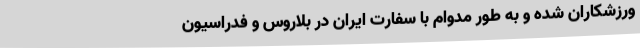
ورزشکاران شده و به طور مدوام با سفارت ایران در بلاروس و فدراسیون